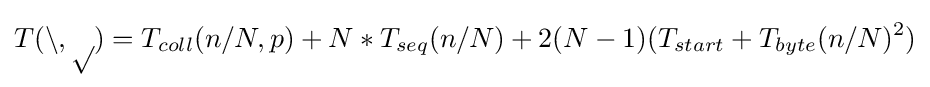
T{\mathcal {(n,p)}}=T_{coll}(n/N,p)+N*T_{seq}(n/N)+2(N-1)(T_{start}+T_{byte}(n/N)^{2})